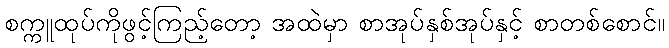
စက္ကူထုပ်ကိုဖွင့်ကြည့်တော့ အထဲမှာ စာအုပ်နှစ်အုပ်နှင့် စာတစ်စောင်။